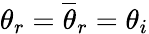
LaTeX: \theta_{r}=\overline{{\theta}}_{r}=\theta_{i}